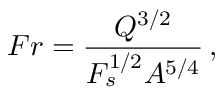
F r = \frac { Q ^ { 3 / 2 } } { F _ { s } ^ { 1 / 2 } A ^ { 5 / 4 } } \, ,